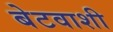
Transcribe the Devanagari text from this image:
बेटवाशी